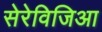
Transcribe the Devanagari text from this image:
सेरेविजिआ